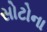
સોટોના